Civil Veterinary Department. Madras. Admin. report 1910-25 - 1910-1925
Year: 1910
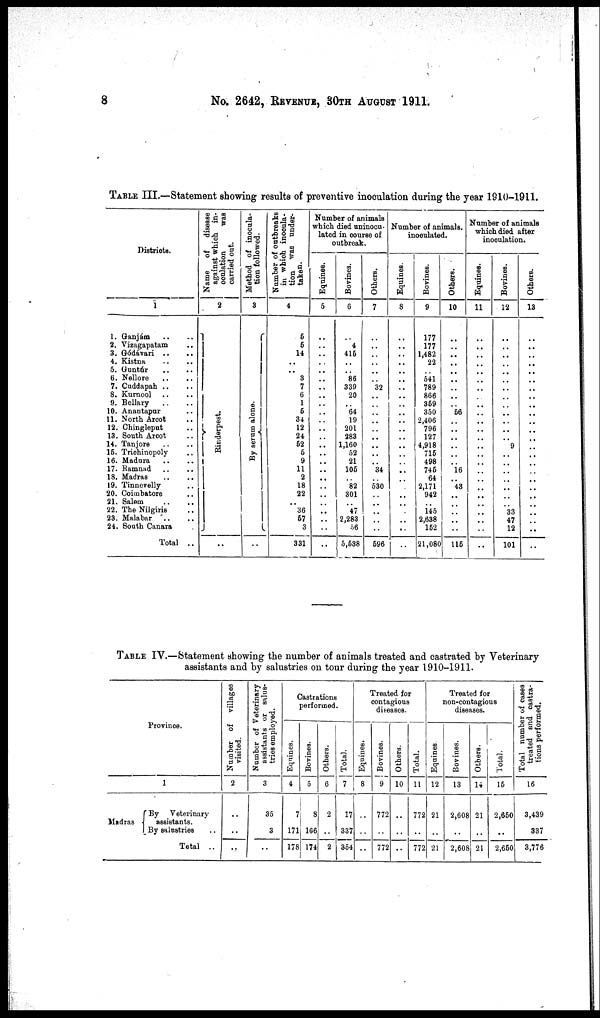
8
No. 2642, REVENUE 30TH AUGUST 1911.
TABLE III.—Statement showing results of preventive inoculation during the year 1910-1911.
Districts.
1
1. Ganjám .. ..
2. Vizagapatam ..
3. Gódávari .. ..
4. Kistna .. ..
5. Guntúr .. ..
6. Nellore .. ..
7. Cuddapah .. ..
8. Kurnool .. ..
9. Bellary .. ..
10. Anantapur ..
11. North Arcot ..
12. Chingleput ..
13. South Arcot ..
14. Tanjore .. ..
16. Trichinopoly ..
16. Madura .. ..
17. Ramnad .. ..
18. Madras .. ..
19. Tinnevelly ..
20. Coimbatore ..
21. Salem .. ..
22. The Nilgiris ..
23. Malabar ..
24. South Canara ..
Total ..
Name of disease
against which in-
oculation
was
carried out.
2
Rinderpest.
..
Method of inocula-
tion followed.
3
By serum alone.
..
Number of outbreaks
in which inocula-
tion was under-
taken.
4
6
6
14
..
..
3
7
6
1
6
34
12
24
52
6
9
11
2
18
22
..
36
67
3
331
Number of animals
which died uninocu-
lated in course of
outbreak.
Equines.
6
..
..
..
..
..
..
..
..
..
..
..
..
..
..
..
..
..
..
..
..
..
..
..
..
..
Bovines.
6
..
4
416
..
..
86
339
20
..
64
19
201
283
1,160
62
21
106
..
82
801
..
47
2,283
56
5,538
Others.
7
..
..
..
..
..
..
32
..
..
..
..
..
..
..
..
..
34
..
530
..
..
..
..
696
Number of animals,
inoculated.
Equines.
8
..
..
..
..
..
..
..
..
..
..
..
..
..
..
..
..
..
..
..
..
..
..
..
Bovines.
9
177
177
1,482
22
..
541
789
866
369
350
2,406
796
127
4,918
716
498
746
64
2,171
942
..
145
2,638
162
21,080
Others.
10
..
..
..
..
..
..
..
66
. .
..
..
..
..
..
16
..
48
..
..
..
..
..
116
Number of animals
which died after
inoculation.
Equines.
11
..
..
..
..
..
..
..
..
..
..
..
..
..
..
..
..
..
..
..
..
..
..
..
Bovines.
12
..
..
..
..
..
..
..
..
..
..
..
..
9
..
..
..
..
..
..
..
33
47
12
101
Others.
18
..
..
..
..
..
..
..
..
..
..
..
..
..
..
..
..
..
..
..
..
..
..
TABLE IV.—Statement showing the number of animals treated and castrated by Veterinary
assistants and by salustries on tour during the year 1910-1911.
Province.
1
Madras
By Veterinary
assistants.
By salustries ..
Total ..
Number of villages
visited.
2
..
..
Number of Veterinary
assistants or salus-
tries employed.
3
35
3
..
Castrations
performed.
Equines.
4
7
171
178
Bovines.
5
8
166
174
Others.
6
2
..
2
Total.
7
17
337
354
Treated for
contagious
diseases.
Equines.
8
..
..
..
Bovines.
9
772
..
772
Others.
10
..
..
..
Total.
11
772
..
772
Treated for
non-contagious
diseases.
Equines
12
21
..
21
Bovines.
13
2,608
..
2,608
Others.
14
21
..
21
Total.
16
2,660
..
2,660
Total number of cases
treated and castra-
tions performed.
16
3,439
337
3,776